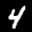
Label: 4